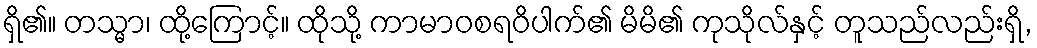
ရှိ၏။ တသ္မာ၊ ထို့ကြောင့်။ ထိုသို့ ကာမာဝစရဝိပါက်၏ မိမိ၏ ကုသိုလ်နှင့် တူသည်လည်းရှိ,